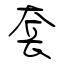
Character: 套